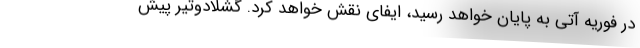
در فوریه آتی به پایان خواهد رسید، ایفای نقش خواهد کرد. گشلادوتیر پیش